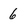
Character: 6